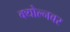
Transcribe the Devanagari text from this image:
क्योल्नवर